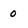
Character: 0